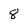
Character: 8